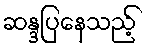
ဆန္ဒပြနေသည့်